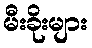
မီးခိုးများ